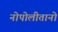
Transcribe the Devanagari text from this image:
नोपोलीतानो